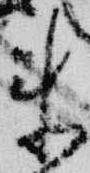
来